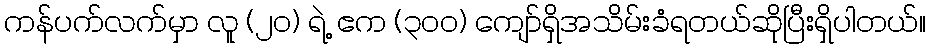
ကန်ပက်လက်မှာ လူ (၂၀) ရဲ့ ဧက (၃၀၀) ကျော်ရှိအသိမ်းခံရတယ်ဆိုပြီးရှိပါတယ်။